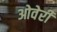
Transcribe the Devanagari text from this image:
ओवेरी